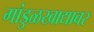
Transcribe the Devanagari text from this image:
गांडुळखाद्यावर